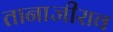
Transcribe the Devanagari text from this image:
तानाजीराव